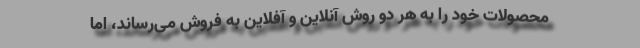
محصولات خود را به هر دو روش آنلاین و آفلاین به فروش می‌رساند، اما